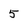
Character: 5